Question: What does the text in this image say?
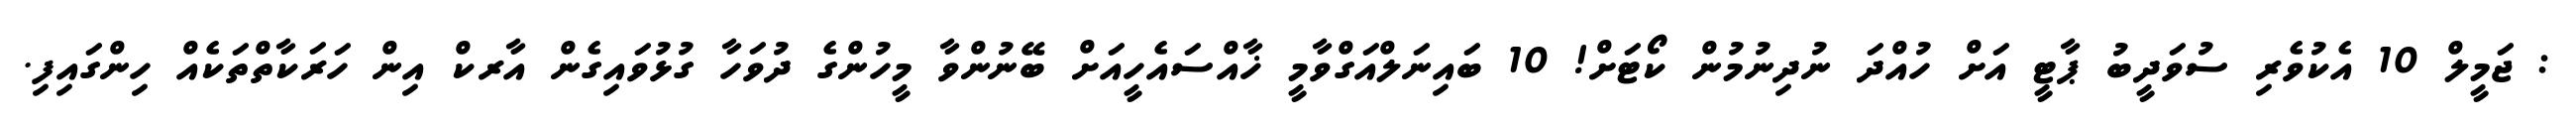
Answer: : ޖަމީލް 10 އެކުވެރި ސުވަދީބު ޕާޓީ އަށް ހުއްދަ ނުދިނުމުން ކޯޓަށް! 10 ބައިނަލްއަގްވާމީ ޚާއްސައެހީއަށް ބޭނުންވާ މީހުންގެ ދުވަހާ ގުޅުވައިގެން އާރކް އިން ހަރަކާތްތަކެއް ހިންގައިފި.